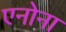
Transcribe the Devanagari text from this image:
एनोना